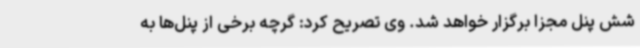
شش پنل مجزا برگزار خواهد شد. وی تصریح کرد: گرچه برخی از پنل‌ها به